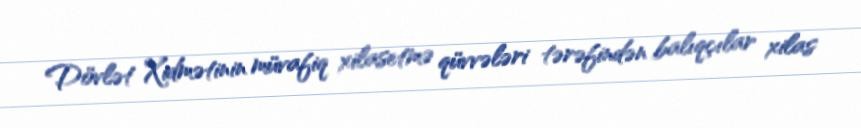
Dövlət Xidmətinin müvafiq xilasetmə qüvvələri tərəfindən balıqçılar xilas